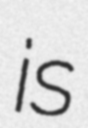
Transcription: is